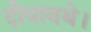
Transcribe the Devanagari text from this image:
दीवानथे।